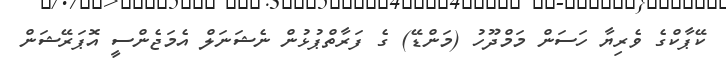
ކޭޕާކްގެ ވެރިޔާ ހަސަން މަމްދޫހު (މަންޑޭ) ގެ ފަރާތްޕުޅުން ނެޝަނަލް އެމަޖެންސީ އޮޕަރޭޝަން